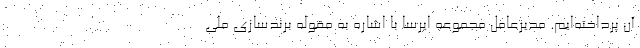
آن پرداخته‌ایم. مدیرعامل مجموعه ایرسا با اشاره به مقوله برندسازی ملی